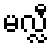
မလ္လီ